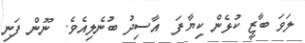
ލަވަ ބާޒީ ކުޅެން ކިޔާފަ  އާސިދު ބުނެލިއެވެ.  ނޫން ފަނި